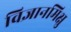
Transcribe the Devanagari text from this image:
विज्ञानमिक्षु